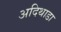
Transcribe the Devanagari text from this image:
अदिथाडा